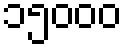
၁၅၀၀၀